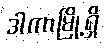
ဒါကာမြို့ရှိ